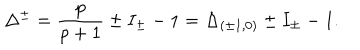
\Delta ^ { \pm } = \frac { p } { p + 1 } \pm I _ { \pm } - 1 = \Delta _ { ( \pm 1 , 0 ) } \pm I _ { \pm } - 1 .